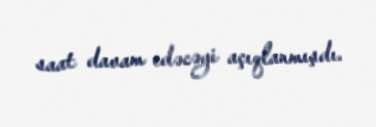
saat davam edəcəyi açıqlanmışdı.